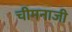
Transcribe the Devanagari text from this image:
चीमनाजी